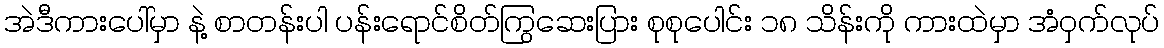
အဲဒီကားပေါ်မှာ နဲ့ စာတန်းပါ ပန်းရောင်စိတ်ကြွဆေးပြား စုစုပေါင်း ၁၈ သိန်းကို ကားထဲမှာ အံဝှက်လုပ်